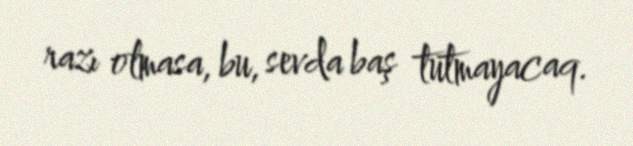
razı olmasa, bu, sevda baş tutmayacaq.